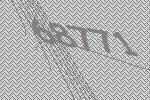
68771